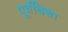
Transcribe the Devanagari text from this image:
पूर्वदिशा